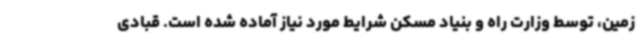
زمین، توسط وزارت راه و بنیاد مسکن شرایط مورد نیاز آماده شده است. قبادی